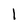
Character: 1